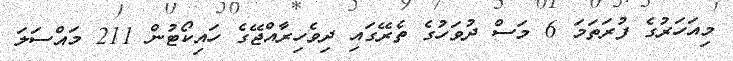
މިއަހަރުގެ ފުރަތަމަ 6 މަސް ދުވަހުގެ ތެރޭގައި ދިވެހިރާއްޖޭގެ ހައިކޯޓުން 211 މައްސަލަ